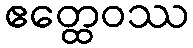
ဧတ္ထေဝဿ